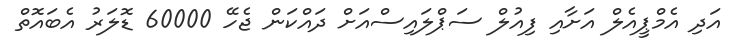
އަދި އެމްޕީއެލް އަށާއި ފިއުލް ސަޕްލައިސްއަށް ދައްކަން ޖެހޭ 60000 ޑޮލަރު އެބައޮތް